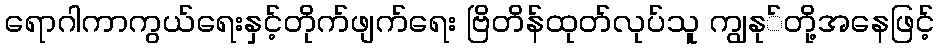
ရောဂါကာကွယ်ရေးနှင့်တိုက်ဖျက်ရေး ဗြိတိန်ထုတ်လုပ်သူ ကျွနု်တို့အနေဖြင့်